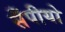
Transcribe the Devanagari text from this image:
सँपीयो